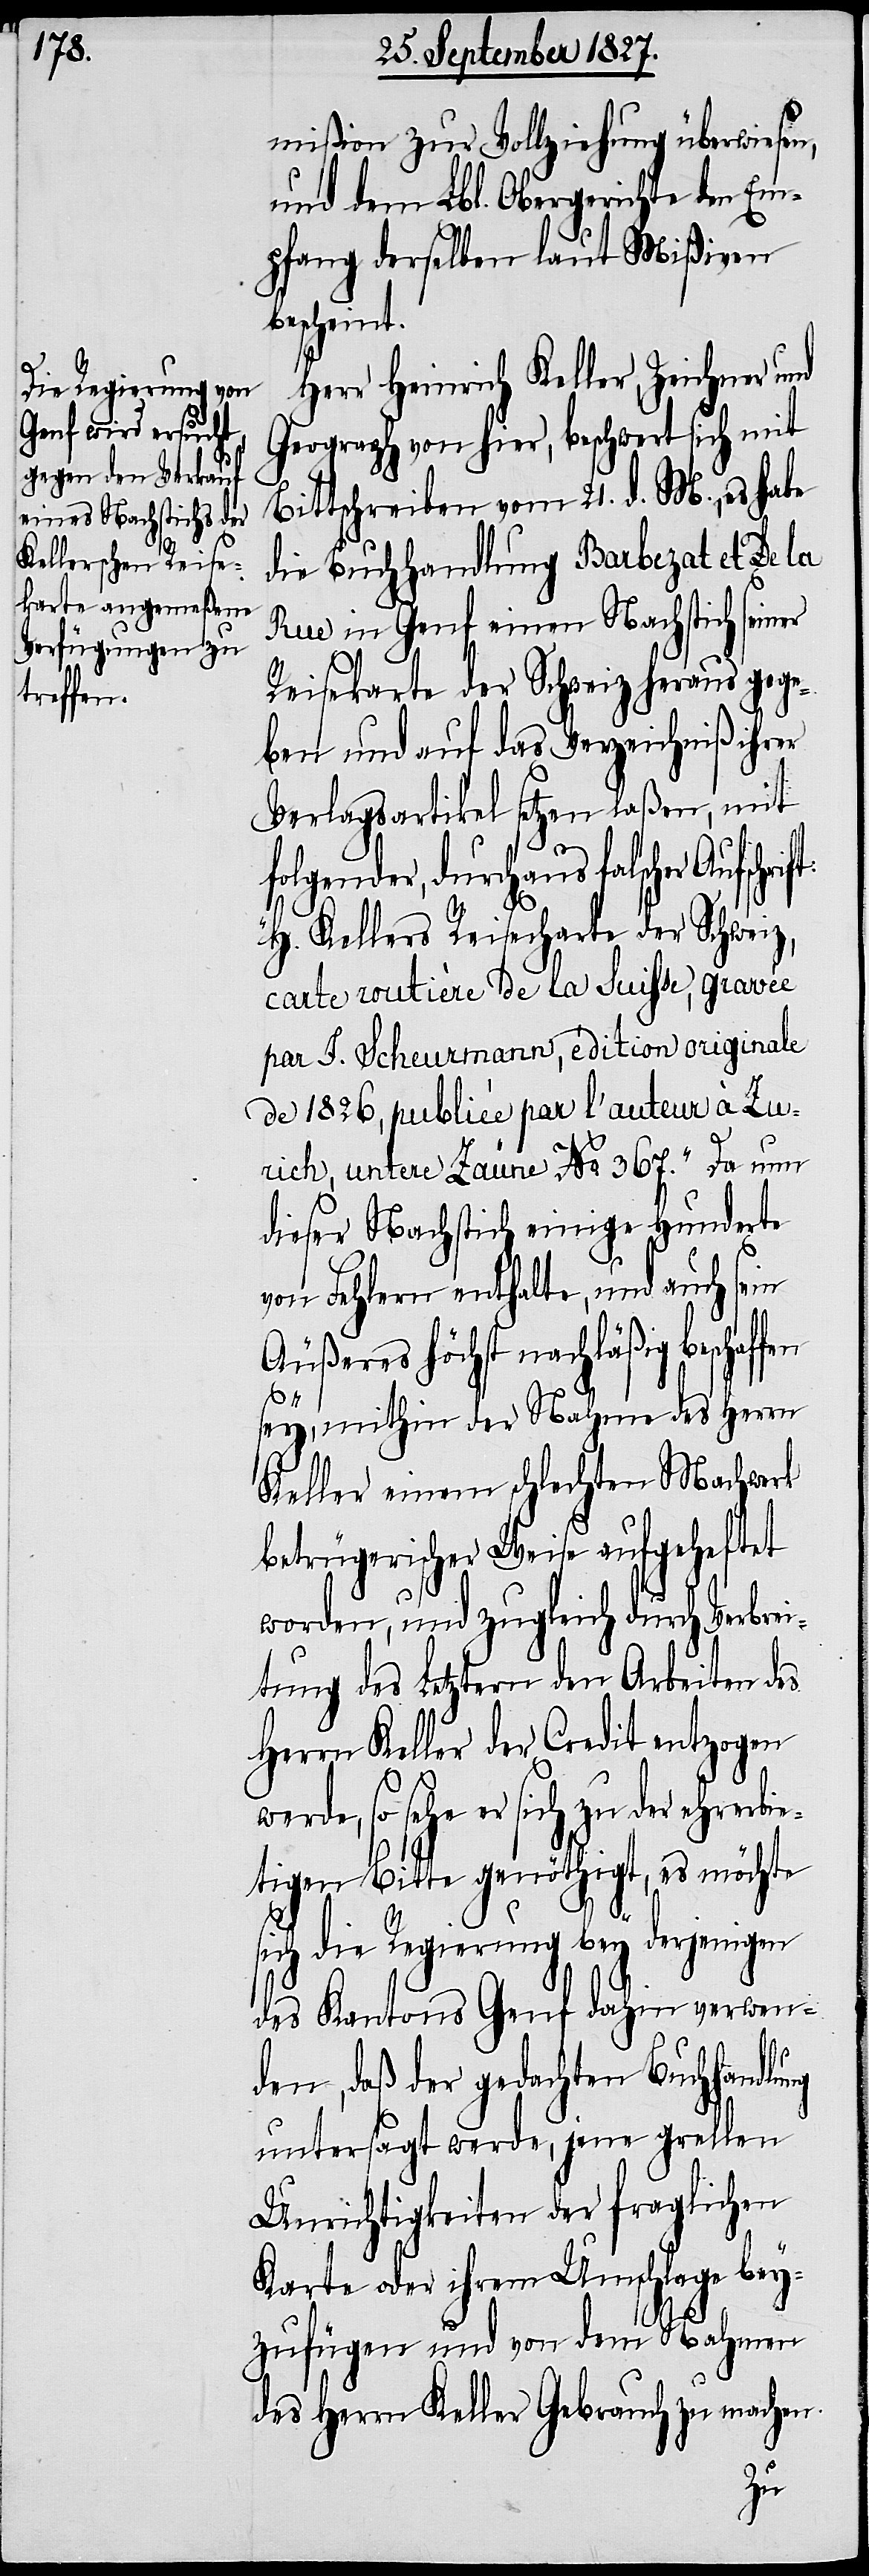
mißion zur Vollziehung überwiesen,
und dem Lbl. Obergerichte den Em¬
pfang derselben laut Mißiven
bescheint.
Herr Heinrich Keller, Zeichner und
Geograph von hier, beschwert sich mit
Bittschreiben vom 21. d. M., es habe
die Buchhandlung Barbezat et De la
Rue in Genf einen Nachstich seiner
Reisekarte der Schweiz heraus gege¬
ben und auf das Verzeichniß ihrer
Verlagsartikel setzen laßen, mit
folgender, durchaus falscher
„H. Kellers Reisecharte der Schweiz,
carte routière de la Suiße, gravée
par F. Scheurmann, édition originale
de 1826, publiée par l’auteure à Zu¬
rich, untere Zäune No. 367.“ Da nun
dieser Nachstich einige hunderte
von Fehlern enthalten, und auch sein
Äußeres höchst nachläßig beschaf¬
sey, mithin der Nahme des Herrn
Keller einem schlechten Machwerk
betrügerischer Weise aufgeheftet
worden, und zugleich durch Verbrei¬
tung des Letztern den Arbeiten des
Herrn Keller der Credit entzogen
so sehe er sich zu der ehrerbie¬
tigen Bitte genöthigt, es möchte
sich die Regierung bey derjenigen
des Kantons Genf dahin verwen¬
fen
den, daß der gedachten Buchhandlung
untersagt werde, jene grellen
Unrichtigkeiten der fraglichen
Karte oder ihrem Umschlage bey¬
zufügen und von dem Nahmen
des Herrn Keller Gebrauch zu machen.